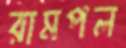
রামপল